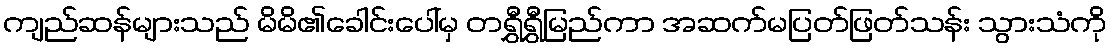
ကျည်ဆန်များသည် မိမိ၏ခေါင်းပေါ်မှ တရွှီရွှီမြည်ကာ အဆက်မပြတ်ဖြတ်သန်း သွားသံကို